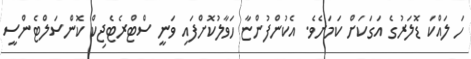
ހަ ލައްކަ ޑޮލަރުގެ އަގަކަށް ކަމަށެވެ. އެކުންފުންޏާ ހަވާލުކޮށްފައި ވަނީ ސްޓްރެޓެޖިކް ކޮންސަލްޓެންސީ